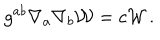
g ^ { a b } \nabla _ { a } \nabla _ { b } { \cal W } = c { \cal W } \, .